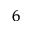
^ 6